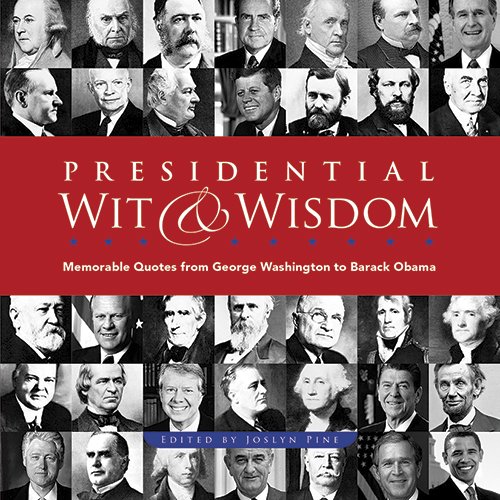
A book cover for Presidential Wit and Wisdom: Memorable Quotes from George Washington to Barack Obama; Literature & Fiction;